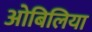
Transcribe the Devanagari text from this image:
ओबिलिया